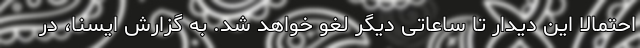
احتمالا این دیدار تا ساعاتی دیگر لغو خواهد شد. به گزارش ایسنا، در